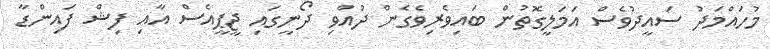
މުހައްމަދު ސައީދުވެސް އަމަލީގޮތުން ބައިވެރިވެގެން ދުއްވި ދޯނީގައި ޖީޕީއެސް އާއި ފިޝް ފައިންޑާ